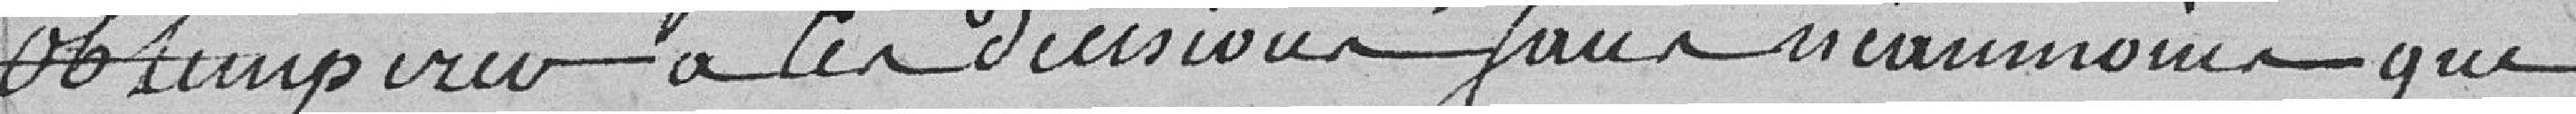
obtempérer à les décisions sauf néanmoins que